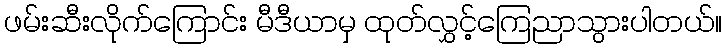
ဖမ်းဆီးလိုက်ကြောင်း မီဒီယာမှ ထုတ်လွှင့်ကြေညာသွားပါတယ်။